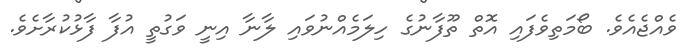
ވެއްޖެއެވެ. ބޯމަތިވެފައި އޮތް ތޫފާނުގެ ހިލަމެއްނުވައި ލާނާ އިނީ ވަގުތީ އުފާ ފާޅުކުރާށެވެ.